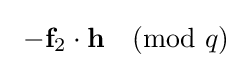
\ -{\textbf {f}}_{2}\cdot {\textbf {h}}{\pmod {q}}